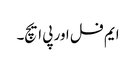
ایم فل اور پی ایچ۔